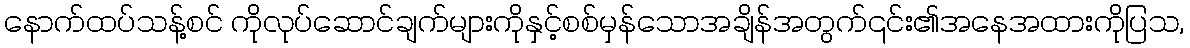
နောက်ထပ်သန့်စင် ကိုလုပ်ဆောင်ချက်များကိုနှင့်စစ်မှန်သောအချိန်အတွက်၎င်း၏အနေအထားကိုပြသ,